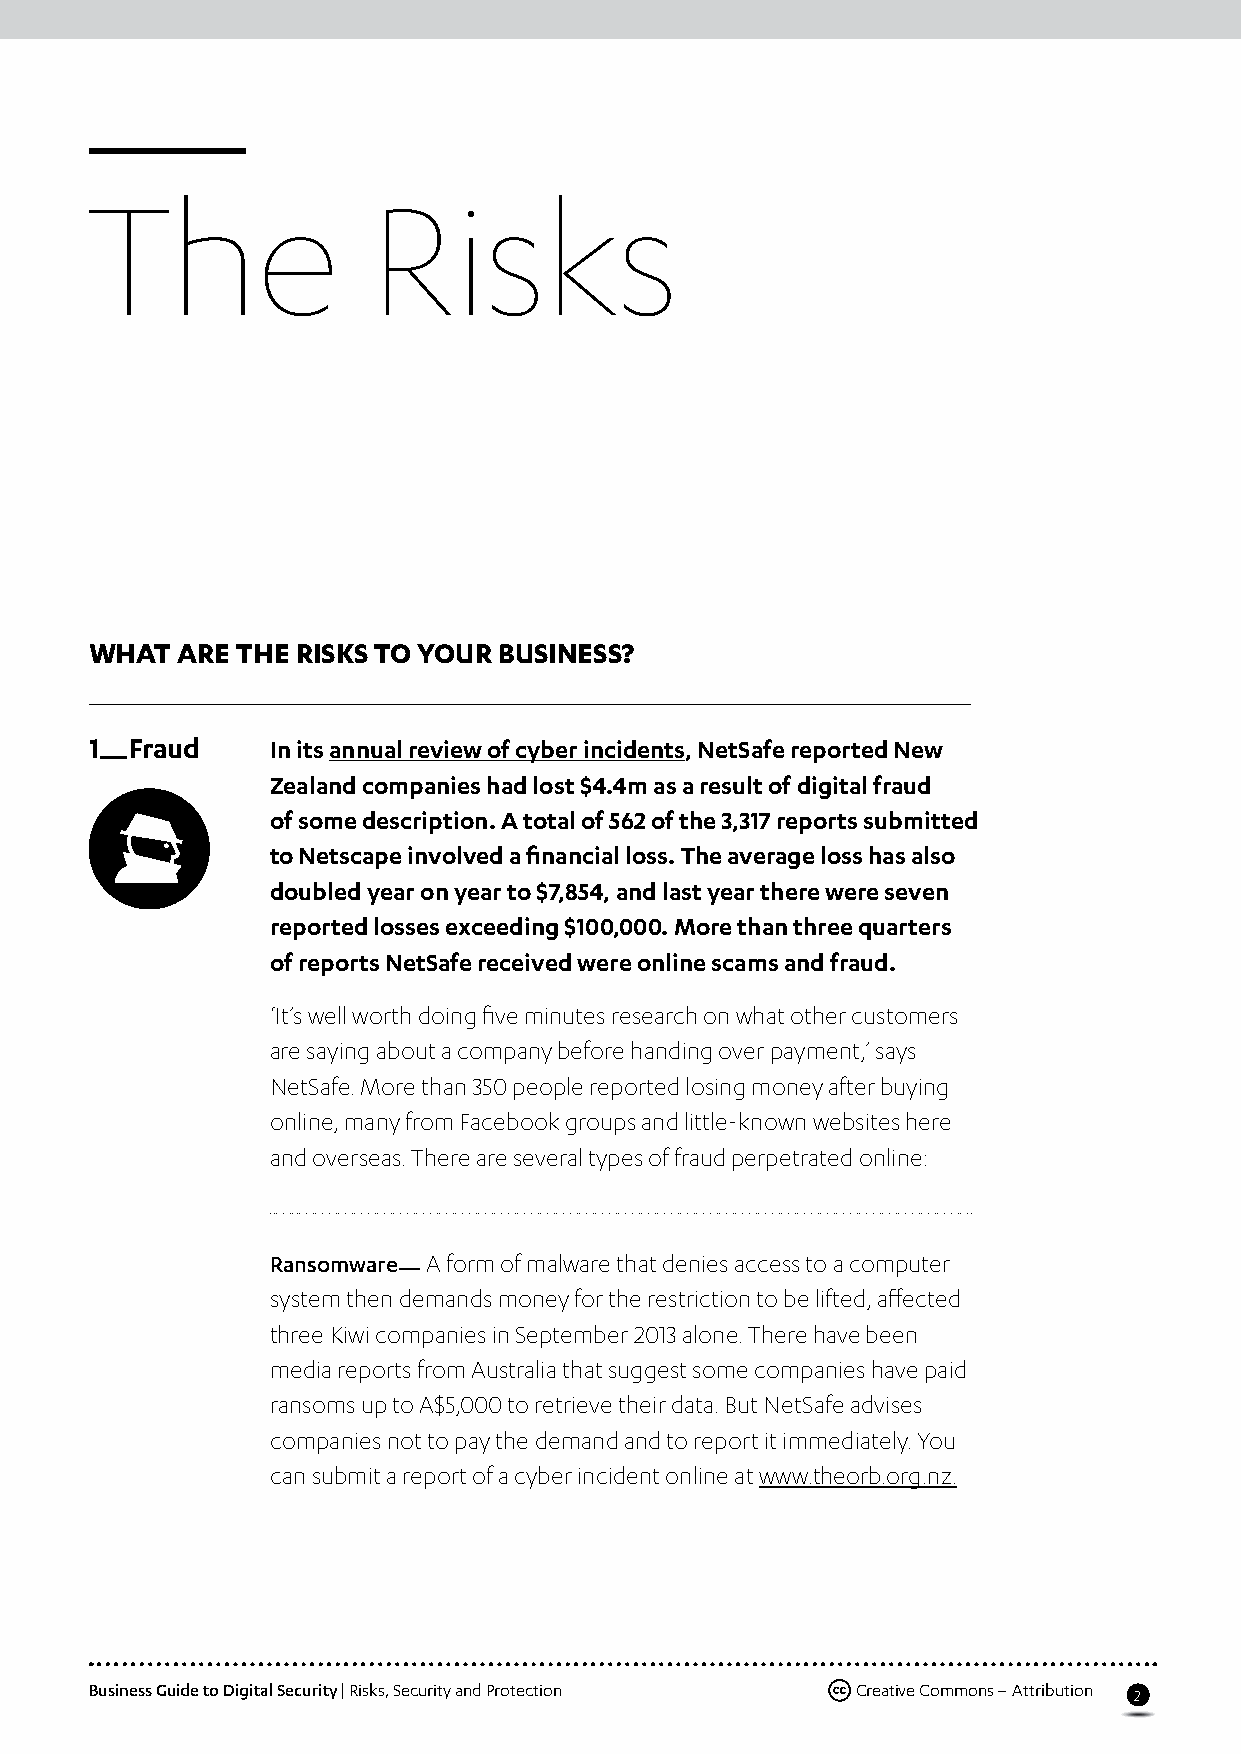
The                Risks
 What  are the risks to your business?
 1 —Fraud    In its annual review of cyber incidents, NetSafe reported New
 Zealand companies had lost $4.4m as a result of digital fraud
 of some description. A total of 562 of the 3,317 reports submitted
 to Netscape involved a financial loss. The average loss has also
 doubled year on year to $7,854, and last year there were seven
 reported losses exceeding $100,000. More than three quarters
 of reports NetSafe received were online scams and fraud.
 ‘It’s well worth doing five minutes research on what other customers
 are saying about a company before handing over payment,’ says
 NetSafe. More than 350 people reported losing money after buying
 online, many from Facebook groups and little-known websites here
 and overseas. There are several types of fraud perpetrated online:
 Ransomware— A form of malware that denies access to a computer
 system then demands money for the restriction to be lifted, affected
 three Kiwi companies in September 2013 alone. There have been
 media reports from Australia that suggest some companies have paid
 ransoms up to A$5,000 to retrieve their data. But NetSafe advises
 companies not to pay the demand and to report it immediately. You
 can submit a report of a cyber incident online at www.theorb.org.nz.
 Business Guide to Digital Security | Risks, Security and Protection Creative Commons – Attribution
 2